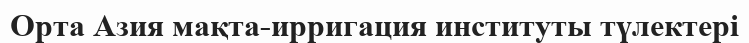
Орта Азия мақта-ирригация институты түлектері